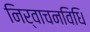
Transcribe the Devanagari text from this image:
निर्वाचनविधि